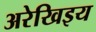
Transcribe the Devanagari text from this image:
अरेखिइय